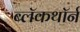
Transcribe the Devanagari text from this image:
ब्लॅकथॉर्न